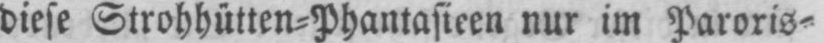
diese Strohhütten⸗Phantasieen nur im Paroris⸗